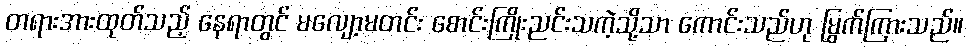
တရားအားထုတ်သည့် နေရာတွင် မလျော့မတင်း စောင်းကြိုးညင်းသကဲ့သို့သာ ကောင်းသည်ဟု မြွက်ကြားသည်။